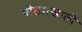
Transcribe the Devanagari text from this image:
घोड्याखाली